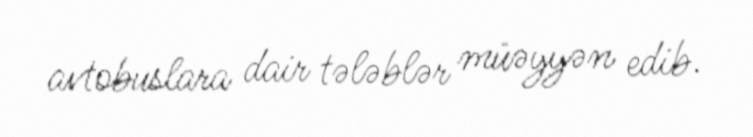
avtobuslara dair tələblər müəyyən edib.